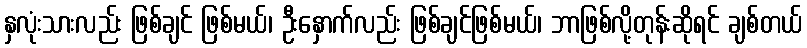
နှလုံးသားလည်း ဖြစ်ချင် ဖြစ်မယ်၊ ဦးနှောက်လည်း ဖြစ်ချင်ဖြစ်မယ်၊ ဘာဖြစ်လို့တုန်းဆိုရင် ချစ်တယ်